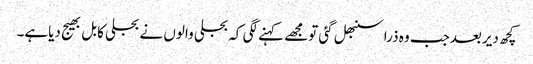
کچھ دیربعدجب وہ ذراسنبھل گئی تومجھے کہنے لگی کہ بجلی والوں نے بجلی کابل بھیج دیاہے۔